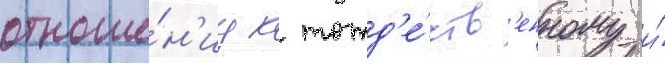
отноше́н'иу к тожд'е́ств'енному и́